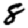
Digit: 8